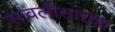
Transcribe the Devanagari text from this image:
सावलीसारखा